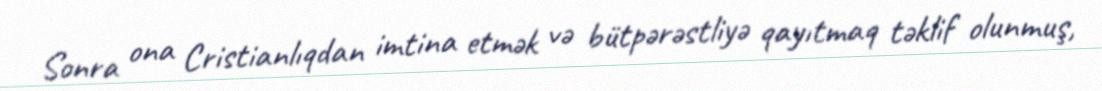
Sonra ona Cristianlıqdan imtina etmək və bütpərəstliyə qayıtmaq təklif olunmuş,